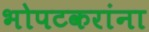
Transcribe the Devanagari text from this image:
भोपटकरांना